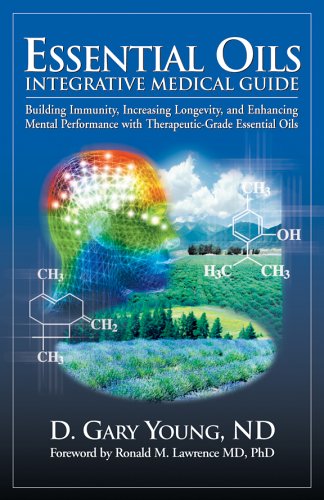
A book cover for Essential Oils Integrative Medical Guide: Building Immunity, Increasing Longevity, and Enhancing Mental Performance With Therapeutic-Grade Essential Oils; D. Gary Young; Health, Fitness & Dieting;